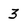
Character: 3